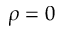
\rho = 0